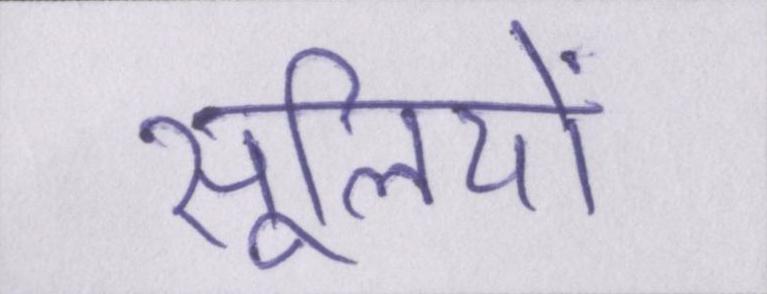
सूलियों